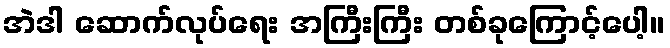
အဲဒါ ဆောက်လုပ်ရေး အကြီးကြီး တစ်ခုကြောင့်ပေါ့။